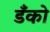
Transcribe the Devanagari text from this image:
डँको